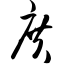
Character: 庹